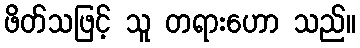
ဖိတ်သဖြင့် သူ တရားဟော သည်။